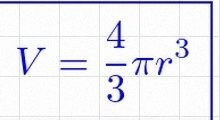
V=\frac43\pi r^3